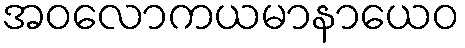
အဝလောကယမာနာယေဝ